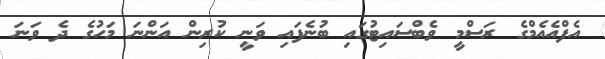
އެފްއެއެމްގެ ރަސްމީ ވެބްސައިޓުގައި ބުނެފައި ވަނީ ކުރިން އަންނަ މަހުގެ ދެ ވަނަ